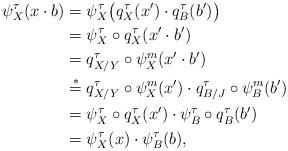
LaTeX: \begin{align*}\psi^\tau_X(x\cdot b)&=\psi^\tau_X\bigl(q^\tau_X(x')\cdot q^\tau_B(b')\bigr)\\&=\psi^\tau_X\circ q^\tau_X(x'\cdot b')\\&=q^\tau_{X/Y}\circ \psi^m_X(x'\cdot b')\\&\overset{*}=q^\tau_{X/Y}\circ \psi^m_X(x')\cdot q^\tau_{B/J}\circ \psi^m_B(b')\\&=\psi^\tau_X\circ q^\tau_X(x')\cdot \psi^\tau_B\circ q^\tau_B(b')\\&=\psi^\tau_X(x)\cdot \psi^\tau_B(b),\end{align*}